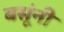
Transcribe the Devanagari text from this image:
बसूंनी